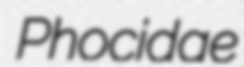
Phocidae